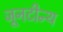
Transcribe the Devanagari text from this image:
जूनटीन्थ